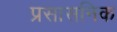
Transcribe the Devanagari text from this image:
प्रसासनिक